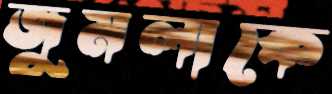
জুমলাকে